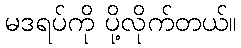
မဒရပ်ကို ပို့လိုက်တယ်။